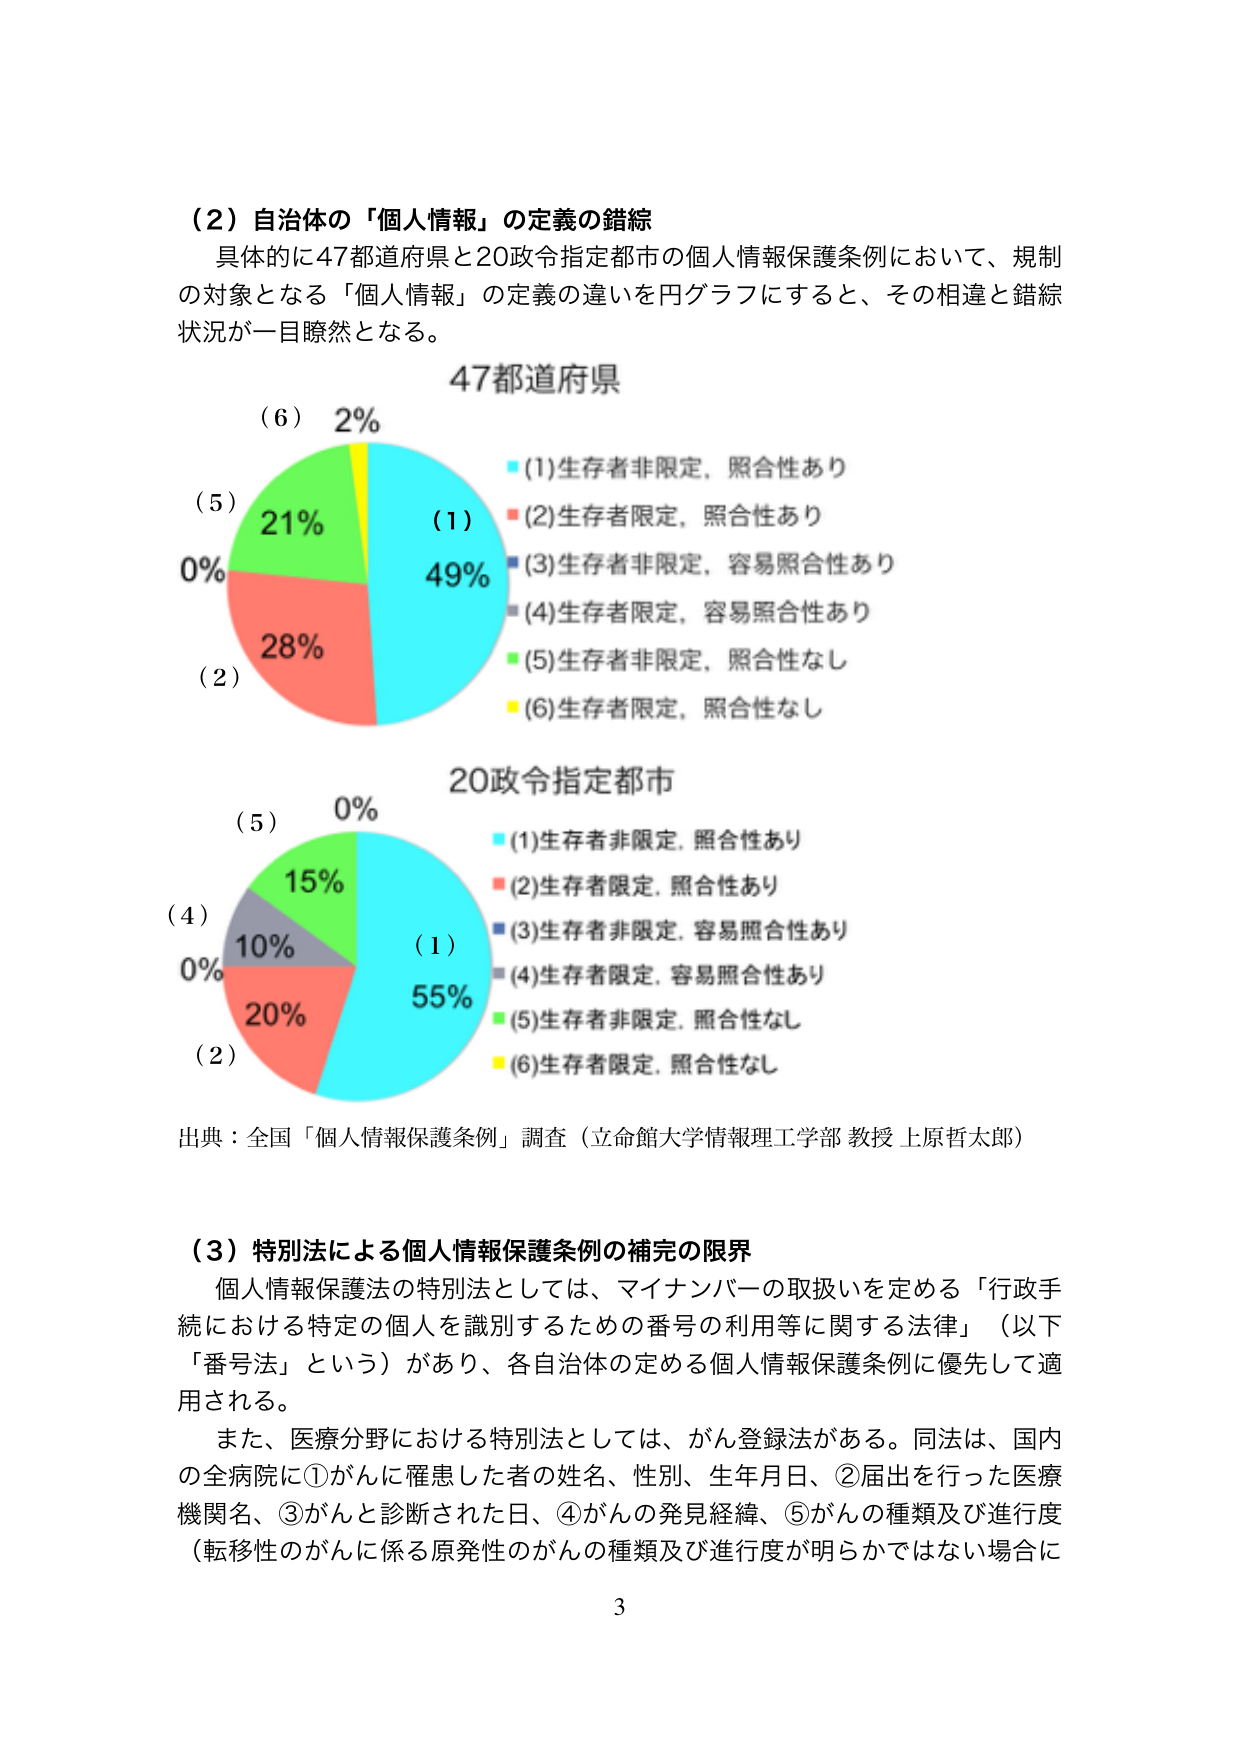
（２）自治体の「個人情報」の定義の錯綜
具体的に47都道府県と20政令指定都市の個人情報保護条例において、規制の対象となる「個人情報」の定義の違いを円グラフにすると、その相違と錯綜状況が一目瞭然となる。

47都道府県
（６） 2%
（５） 21%
0%
（２） 28%
（１） 49%
■(1)生存者非限定、照合性あり
■(2)生存者限定、照合性あり
■(3)生存者非限定、容易照合性あり
■(4)生存者限定、容易照合性あり
■(5)生存者非限定、照合性なし
■(6)生存者限定、照合性なし

20政令指定都市
（５） 0%
（４） 10%
0%
（２） 20%
（１） 55%
■(1)生存者非限定、照合性あり
■(2)生存者限定、照合性あり
■(3)生存者非限定、容易照合性あり
■(4)生存者限定、容易照合性あり
■(5)生存者非限定、照合性なし
■(6)生存者限定、照合性なし

出典：全国「個人情報保護条例」調査（立命館大学情報理工学部 教授 上原哲太郎）

（３）特別法による個人情報保護条例の補完の限界
個人情報保護法の特別法としては、マイナンバーの取扱いを定める「行政手続における特定の個人を識別するための番号の利用等に関する法律」（以下「番号法」という）があり、各自治体の定める個人情報保護条例に優先して適用される。
また、医療分野における特別法としては、がん登録法がある。同法は、国内の全病院に①がんに罹患した者の姓名、性別、生年月日、②届出を行った医療機関名、③がんと診断された日、④がんの発見経緯、⑤がんの種類及び進行度（転移性のがんに係る原発性のがんの種類及び進行度が明らかではない場合に

3